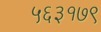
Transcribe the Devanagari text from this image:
५६३१७९